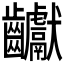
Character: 𪚋